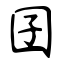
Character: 囝